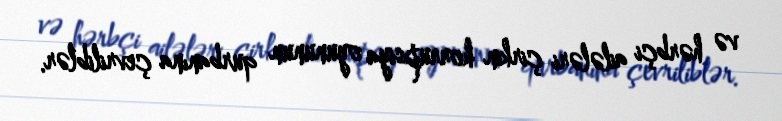
və hərbçi ailələri çirkin korrupsiya oyununun qurbanına çevriliblər.